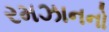
રમઝાનનો